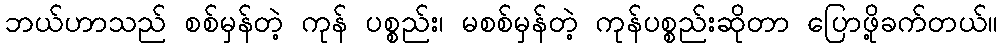
ဘယ်ဟာသည် စစ်မှန်တဲ့ ကုန် ပစ္စည်း၊ မစစ်မှန်တဲ့ ကုန်ပစ္စည်းဆိုတာ ပြောဖို့ခက်တယ်။